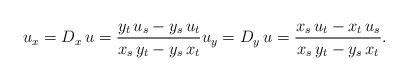
\begin{align*}u_x = D_x\, u = \frac{y_t\, u_s - y_s\, u_t}{x_s\, y_t - y_s\, x_t}u_y = D_y\, u = \frac{x_s\, u_t - x_t\, u_s}{x_s\, y_t - y_s\, x_t}.\end{align*}